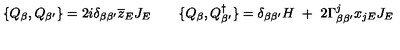
\{ Q _ { \beta } , Q _ { \beta ^ { \prime } } \} = 2 i \delta _ { \beta \beta ^ { \prime } } \overline { { z } } _ { E } J _ { E } \quad \quad \{ Q _ { \beta } , Q _ { \beta ^ { \prime } } ^ { \dagger } \} = \delta _ { \beta \beta ^ { \prime } } H \ + \ 2 \Gamma _ { \beta \beta ^ { \prime } } ^ { j } x _ { j E } J _ { E }